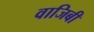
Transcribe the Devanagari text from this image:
वाजिबी